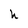
Character: h